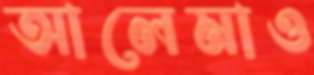
আলেমাও